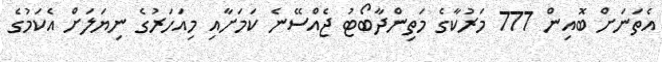
އެތަނަށް ބޮއިން 777 މަރުކާގެ މަތިންދާބޯޓު ޖެއްސޭނެ ކަމަށާއި މިއަހަރުގެ ނިޔަލަށް އެކަމުގެ